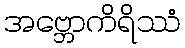
အဗ္ဘောကိရိဿံ